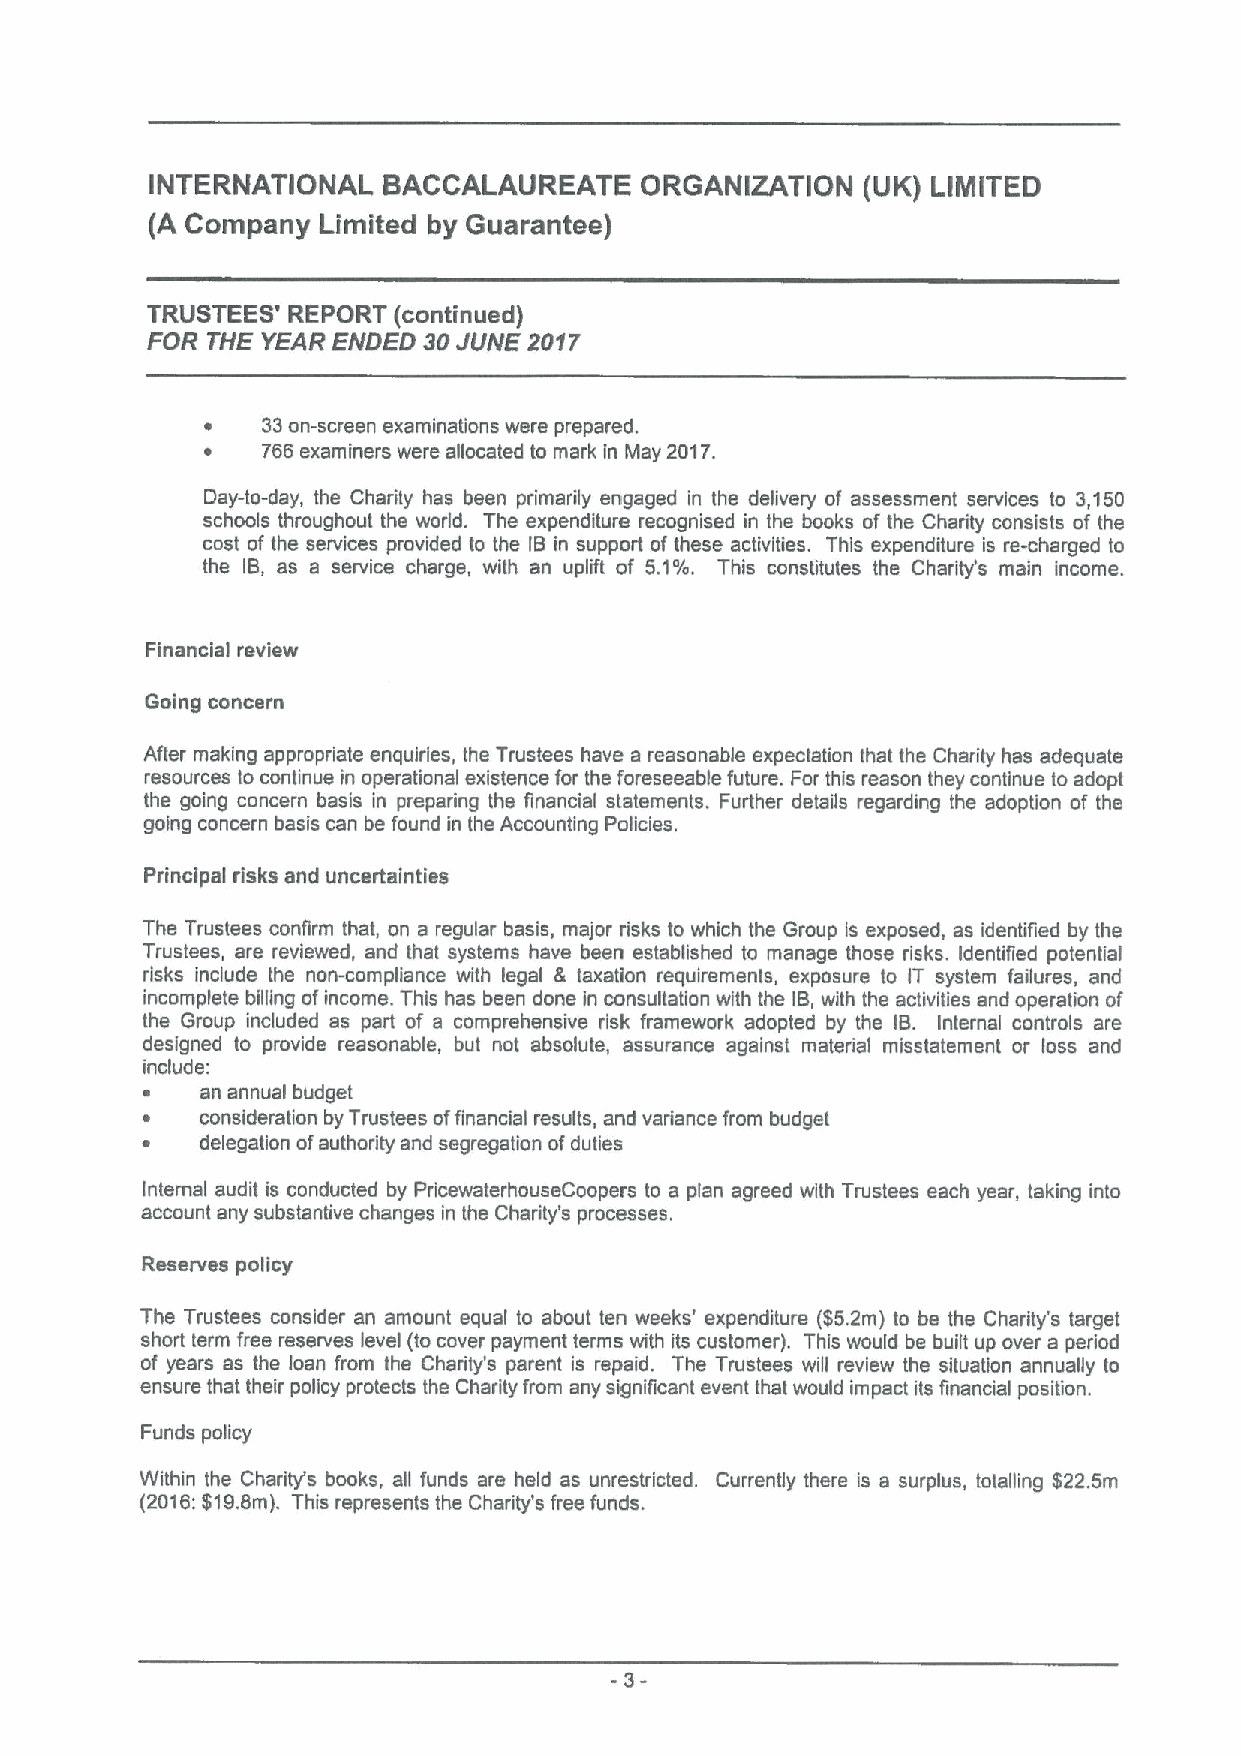
INTERNATIONAL  BACCALAUREATE    ORGANIZATION   (UK) LIMITED
 (A Company Limited by Guarantee)
 TRUSTEES' REPORT (continued)
 FOR THE YEAR ENDED 30JUNE 2017
 ~  33an-screen examinations were prepared.
 ~  766 examiners were allocated to mark in May 2017.
 Cay-to-day, the Charity has been primarily engaged in the delivery of assessment services to 3,150
 schools throughout the world. The expenditure recognised in the books of the Charity consists of the
 cost of the services provided to the IB in support of these activities. This expenditure is re-charged to
 the IB, as a service charge, with an uplift of 5.1%. This constitutes the Charity's main income.
 Financial review
 Going concern
 After making appropriate enquiries, the Trustees have a reasonable expectation that the Charity has adequate
 resources to continue in operational existence for the foreseeable future. For this reason they continue to adopt
 the going concern basis in preparing the financial statements. Further details regarding the adoption of the
 going concern basis can be found in lhe Accounting Policies.
 Principal risks and uncertainties
 The Trustees confirm that, on a regular basis, major disks to which the Group is exposed, as identified by the
 Trustees, are reviewed, and that systems have been established to manage those risks. Identified potential
 risks include the non-compliance with legal & taxation requirements, exposure to IT system failures, and
 incomplete billing ofincome. This has been done in consultation with the IB,with the activities and operation of
 the Group included as part of a comprehensive risk framework adopted by the IB. Internal controls are
 designed to provide reasonable, but not absolute, assurance against material misstatement or loss and
 include:
 ~   an annual budget
 ~   consideration by Trustees offinancial results, and variance from budget
 ~   delegation ofauthority and segregation ofduties
 Internal audit is conducted by PricewaterhouseCoopers to a plan agreed with Trustees each year, taking into
 account any substantive changes in the Charity's processes.
 Reserves policy
 The Trustees consider an amount equal to about ten weeks' expenditure ($5.2m) to be the Charity's target
 short term free reserves level (to cover payment terms with its customer). This would be built up over a period
 of years as the loan from the Charity's parent is repaid. The Trustees will review the situation annually to
 ensure that their policy protects the Charity from any significant event that would impact its financial position.
 Funds policy
 Within the Charity's books, all funds are held as unrestricted. Currently there is a surplus, totalling $22.5m
 (2016:$19.8m). This represents the Charity's free funds.
 3-